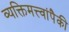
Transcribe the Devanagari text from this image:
व्यक्तिमत्त्वांपैकी